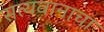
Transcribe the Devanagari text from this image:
सत्यवानाचा